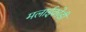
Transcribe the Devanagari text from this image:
मलाईकोडी